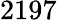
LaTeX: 2197